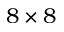
8 \times 8